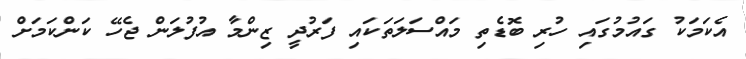
އެކަމަކު ގައުމުގައި ހުރި ބޮޑެތި މައްސަލަތަކައި ފަރުދީ ޒިންމާ އުފުލަން ޖެހޭ ކަންކަމަށް